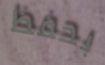
بحفظ